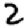
Digit: 2